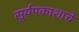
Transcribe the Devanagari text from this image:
सूर्यपकाशाचे